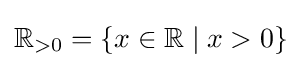
\mathbb {R} _{>0}=\left\{x\in \mathbb {R} \mid x>0\right\}